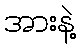
အားနဲ့